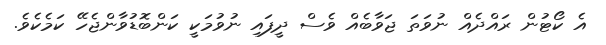
އެ ކޯޓުން ރައްދެއް ނުވަތަ ޖަވާބެއް ވެސް ދީފައި ނުވުމަކީ ކަންބޮޑުވާންޖެހޭ ކަމެކެވެ.